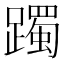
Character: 躅